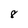
Character: 8